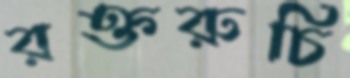
রক্তরুচি